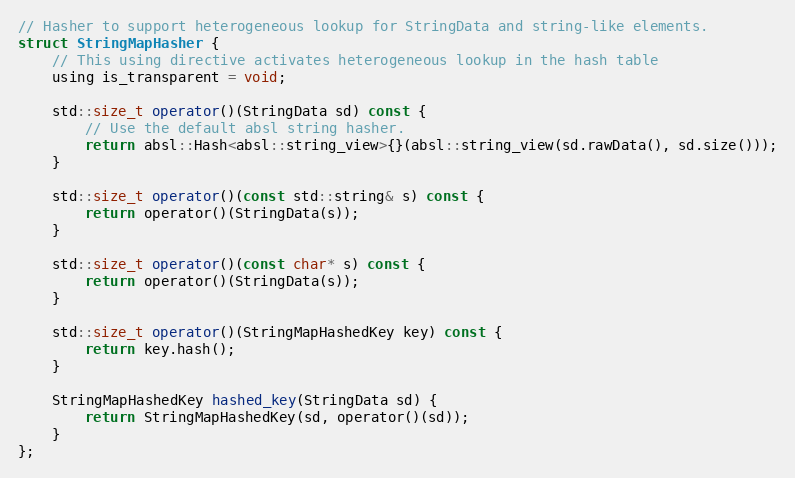
Language: C
// Hasher to support heterogeneous lookup for StringData and string-like elements.
struct StringMapHasher {
    // This using directive activates heterogeneous lookup in the hash table
    using is_transparent = void;

    std::size_t operator()(StringData sd) const {
        // Use the default absl string hasher.
        return absl::Hash<absl::string_view>{}(absl::string_view(sd.rawData(), sd.size()));
    }

    std::size_t operator()(const std::string& s) const {
        return operator()(StringData(s));
    }

    std::size_t operator()(const char* s) const {
        return operator()(StringData(s));
    }

    std::size_t operator()(StringMapHashedKey key) const {
        return key.hash();
    }

    StringMapHashedKey hashed_key(StringData sd) {
        return StringMapHashedKey(sd, operator()(sd));
    }
};